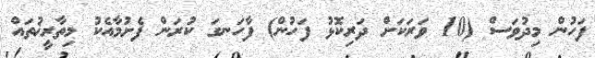
ފަހުން މިދުވަސް (10 ވަރަކަށް ދަރިކޮޅު ފަހުން) ފާހަނގަ ކުރަން ފެށުމާއެކު މިތާރީޚުތައް